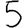
Digit: 5